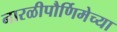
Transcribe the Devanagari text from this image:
नारळीपौर्णिमेच्या